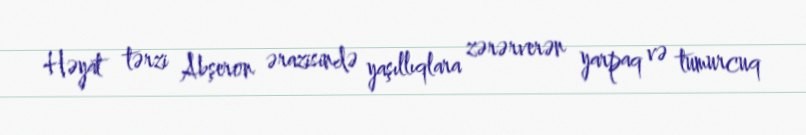
Həyat tərzi Abşeron ərazisində yaşıllıqlara zərərverən yarpaq və tumurcuq